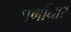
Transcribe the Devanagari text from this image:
पर्णाधार